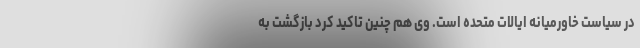
در سیاست خاورمیانه ایالات متحده است. وی هم چنین تاکید کرد بازگشت به